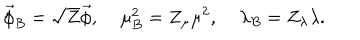
LaTeX: \vec { \phi } _ { B } = \sqrt { Z } \vec { \phi } , \; \mu _ { B } ^ { 2 } = Z _ { \mu } \mu ^ { 2 } , \; \lambda _ { B } = Z _ { \lambda } \lambda .